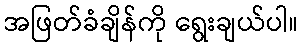
အဖြတ်ခံချိန်ကို ရွေးချယ်ပါ။